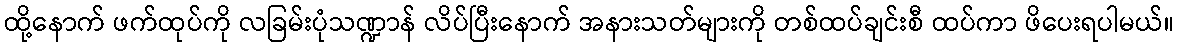
ထို့နောက် ဖက်ထုပ်ကို လခြမ်းပုံသဏ္ဍာန် လိပ်ပြီးနောက် အနားသတ်များကို တစ်ထပ်ချင်းစီ ထပ်ကာ ဖိပေးရပါမယ်။